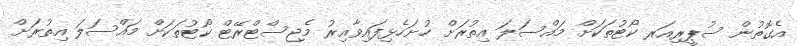
އެގޮތުން ސުޕީރިއަރ ކޯޓުތަކަށް މައްސަލަ އިތުރަށް ހުށަހެޅިފައިވާއިރު މެޖިސްޓްރޭޓް ކޯޓުތަކަށް މައްސަލަ އިތުރަށް